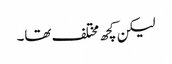
لیکن کچھ مختلف تھا۔